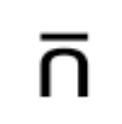
ក